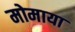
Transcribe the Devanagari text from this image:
मोमाया